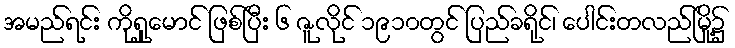
အမည်ရင်း ကိုရှုမောင် ဖြစ်ပြီး ၆ ဇူလိုင် ၁၉၁၀တွင် ပြည်ခရိုင်၊ ပေါင်းတလည်မြို့၌